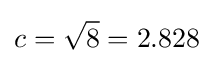
c={\sqrt {8}}=2.828